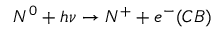
N ^ { 0 } + h \nu \rightarrow N ^ { + } + e ^ { - } ( C B )